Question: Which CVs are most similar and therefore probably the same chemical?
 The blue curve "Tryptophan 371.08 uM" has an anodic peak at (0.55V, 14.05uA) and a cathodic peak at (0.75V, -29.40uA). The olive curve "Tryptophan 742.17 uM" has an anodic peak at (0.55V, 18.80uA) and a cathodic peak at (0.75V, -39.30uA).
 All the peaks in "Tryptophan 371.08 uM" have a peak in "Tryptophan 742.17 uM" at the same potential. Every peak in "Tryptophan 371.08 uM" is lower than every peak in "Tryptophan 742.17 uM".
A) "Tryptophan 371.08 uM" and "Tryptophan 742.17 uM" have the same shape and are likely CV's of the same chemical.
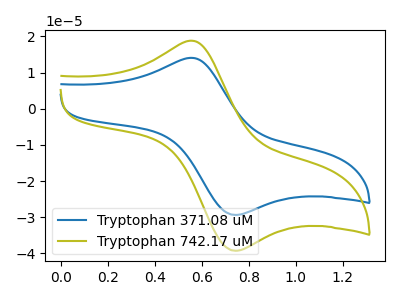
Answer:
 <answer>A) "Tryptophan 371.08 uM" and "Tryptophan 742.17 uM" have the same shape and are likely CV's of the same chemical.</answer>
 <eval>A</eval>